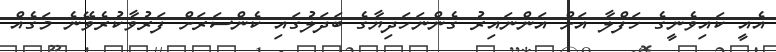
އެއީ ކައިވެނީގެ ހަފްލާ އަށް އަންނައިރު ގެންނަހަދިޔާގެ ބަދަލުގައި ކެންސަރަށް ފަރުވާކުރެވޭނެ މަގެއް